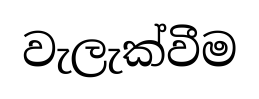
වැලැක්වීම